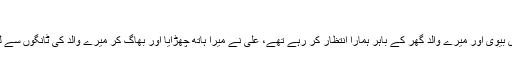
”
”ہاں یہ ٹھیک ہےـ” علی نے پر جوش لہجے میں کہااور ہم دونوں واپس گھر کی طرف چل پڑے – میری بیوی اور میرے والد گھر کے باہر ہمارا انتظار کر رہے تھے، علی نے میرا ہاتھ چھڑایا اور بھاگ کر میرے والد کی ٹانگوں سے لپٹ گیاـ میرے والد نیچے جھکے اور اس کے سر پر ہاتھ پھیر کر بولے: ”کیوں پھر ہو آئے بازار سے ؟